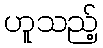
ဟူသည့်